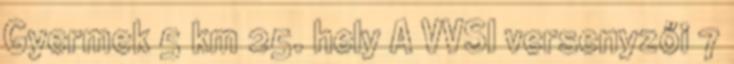
Gyermek 5 km 25. hely A VVSI versenyzői 7